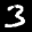
Label: 3